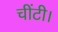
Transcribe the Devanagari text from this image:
चींटी।